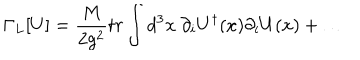
\Gamma _ { L } [ U ] = { \frac { M } { 2 g ^ { 2 } } } t r \int d ^ { 3 } x ~ \partial _ { i } U ^ { \dagger } ( x ) \partial _ { i } U ( x ) + \ldots